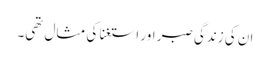
ان کی زندگی صبر اور استغنا کی مثال تھی۔